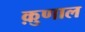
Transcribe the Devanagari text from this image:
क़ुणाल